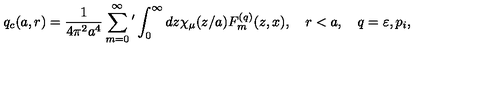
q _ { c } ( a , r ) = \frac { 1 } { 4 \pi ^ { 2 } a ^ { 4 } } \sum _ { m = 0 } ^ { \infty } { ' } \int _ { 0 } ^ { \infty } { d z \chi _ { \mu } ( z / a ) F _ { m } ^ { ( q ) } ( z , x ) } , \quad r < a , \quad q = \varepsilon , p _ { i } ,